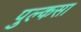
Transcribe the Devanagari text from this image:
पुल्कसा